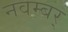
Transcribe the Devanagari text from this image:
नवम्बर्